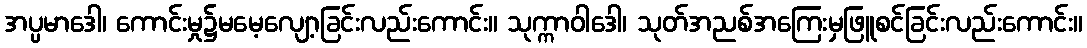
အပ္ပမာဒေါ၊ ကောင်းမှု၌မမေ့လျော့ခြင်းလည်းကောင်း။ သုက္ကာဝါဒေါ၊ သုတ်အညစ်အကြေးမှဖြူစင်ခြင်းလည်းကောင်း။